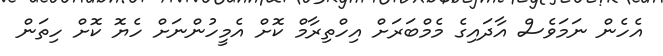
އެހެން ނަމަވެސް އާދައިގެ މެމްބަރަށް އިހްތިރާމް ކޮށް އެމީހުންނަށް ހެޔޮ ކޮށް ހިތަން